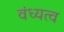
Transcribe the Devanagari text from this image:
वंध्यत्व